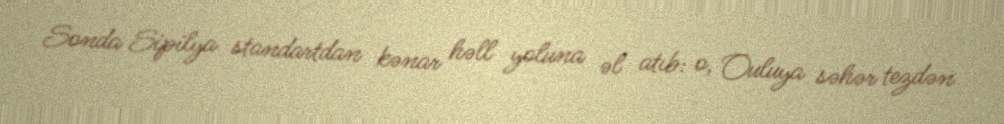
Sonda Sipilya standartdan kənar həll yoluna əl atıb: o, Ouluya səhər tezdən